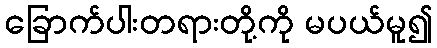
ခြောက်ပါးတရားတို့ကို မပယ်မူ၍